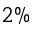
2 \%